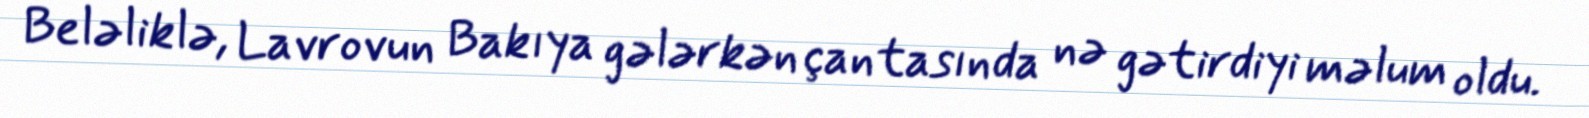
Beləliklə, Lavrovun Bakıya gələrkən çantasında nə gətirdiyi məlum oldu.